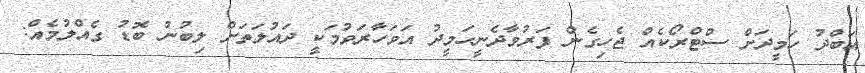
އަބްދު ހަމީދަށް ސްޓްރޯކެއް ޖެހިގެން ފަރުވާދެނީހަމީދު އަވަހާރަވުމަކީ ދައުލަތަށް ލިބުނު ބޮޑު ގެއްލުމެއް: